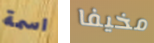
اسمة مخيفا